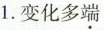
1.变化多端